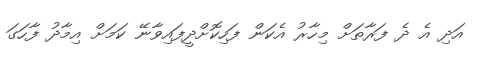
އަދި އެ ދެ ފަރާތަށް މިހާރު އެކަން ފަހިކޮށްދީފައިވާނޭ ކަމަށް އިމާދު ފާހަގަ